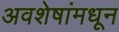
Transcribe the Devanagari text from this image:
अवशेषांमधून